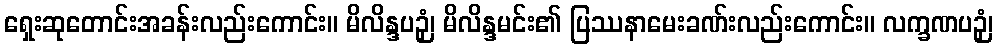
ရှေးဆုတောင်းအခန်းလည်းကောင်း။ မိလိန္ဒပဉှံ၊ မိလိန္ဒမင်း၏ ပြဿနာမေးခဏ်းလည်းကောင်း။ လက္ခဏပဉှံ၊